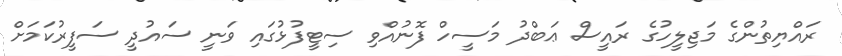
ރައްޔިތުންގެ މަޖިލީހުގެ ރައީސް ޢަބްދު މަސީހް ފޮނުއްވި ސިޓީފުޅުގައި ވަނީ ސައުދީ ސަފީރުކަމަށް